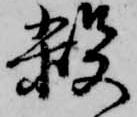
殺